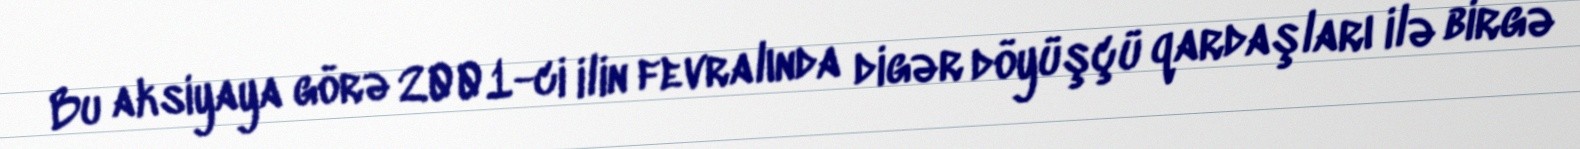
Bu aksiyaya görə 2001-ci ilin fevralında digər döyüşçü qardaşları ilə birgə